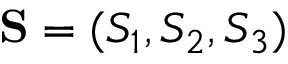
{ \bf S } = ( S _ { 1 } , S _ { 2 } , S _ { 3 } )